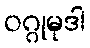
ဝဂ္ဂုမုဒါ